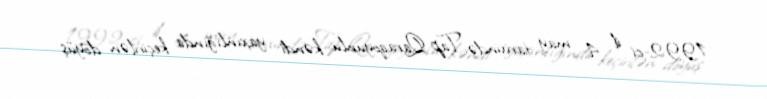
1992-ci il 4 may tarixində Tap Qaraqoyunlu kəndi yaxınlığında keçirilən döyüş